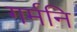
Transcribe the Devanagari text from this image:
गर्मनि